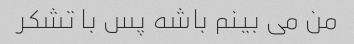
من می بینم باشه پس با تشکر